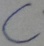
Text: C